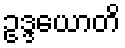
ဥဒ္ဒယောတိ